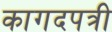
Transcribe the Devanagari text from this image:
कागदपत्री